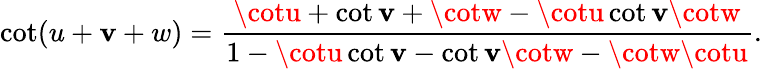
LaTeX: \cot(u+\mathbf{v}+w)={\frac{{\cotu+\cot\mathbf{v}+\cotw-\cotu\cot\mathbf{v}\cotw}}{{1-\cotu\cot\mathbf{v}-\cot\mathbf{v}\cotw-\cotw\cotu}}}.